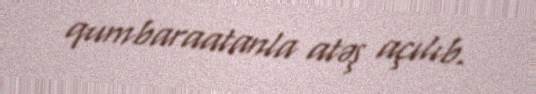
qumbaraatanla atəş açılıb.